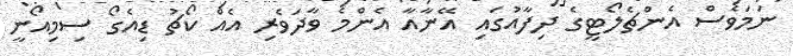
ނަމަވެސް އެންޗެލޯޓީގެ ދިފާއުގައި އޭނާއާ އެންމެ ވާދަވެރި އެއް ކޯޗު ޑިއެގޯ ސިމިއޯނީ